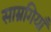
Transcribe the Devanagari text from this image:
साम्रगियाँ